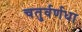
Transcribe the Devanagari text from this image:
चतुर्वर्णधा